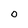
Character: O